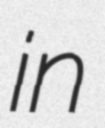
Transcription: in